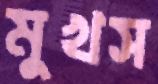
মুখস